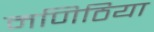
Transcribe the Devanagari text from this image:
मणिठिया